Plague in India, 1896, 1897 - Volume 1
Year: 1896
Disease focus: Plague
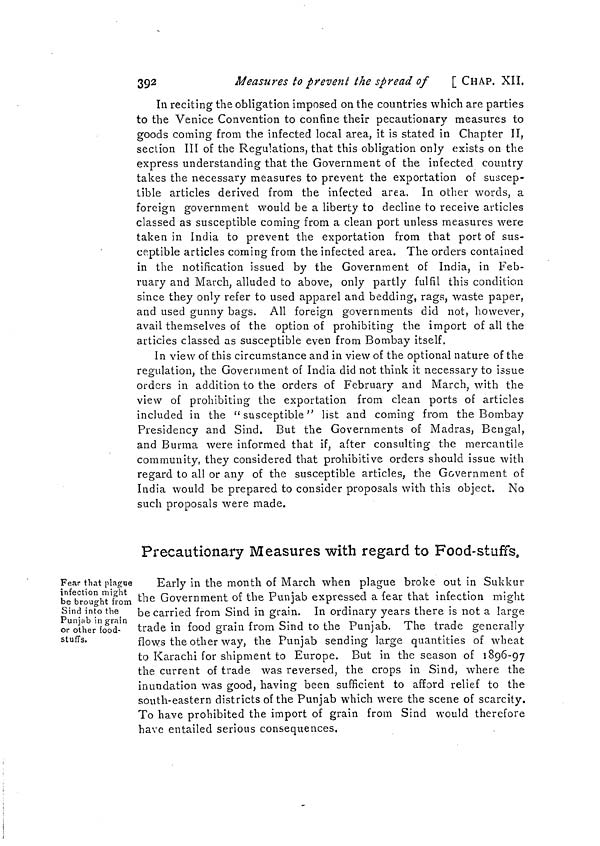
392
Measures to prevent the spread of
[CHAP. XII.
In reciting the obligation imposed on the countries which are parties
to the Venice Convention to confine their pecautionary measures to
goods coming from the infected local area, it is stated in Chapter II,
section III of the Regulations, that this obligation only exists on the
express understanding that the Government of the infected country
takes the necessary measures to prevent the exportation of suscep-
tible articles derived from the infected area, In other words, a
foreign government would be a liberty to decline to receive articles
classed as susceptible coming from a clean port unless measures were
taken in India to prevent the exportation from that port of sus-
ceptible articles coming from the infected area. The orders contained
in the notification issued by the Government of India, in Feb-
ruary and March, alluded to above, only partly fulfil this condition
since they only refer to used apparel and bedding, rags, waste paper,
and used gunny bags. All foreign governments did not, however,
avail themselves of the option of prohibiting the import of all the
articles classed as susceptible even from Bombay itself.
In view of this circumstance and in view of the optional nature of the
regulation, the Government of India did not think it necessary to issue
orders in addition to the orders of February and March, with the
view of prohibiting the exportation from clean ports of articles
included in the "susceptible" list and coming from the Bombay
Presidency and Sind. But the Governments of Madras, Bengal,
and Burma were informed that if, after consulting the mercantile
community, they considered that prohibitive orders should issue with
regard to all or any of the susceptible articles, the Government of
India would be prepared to consider proposals with this object. No
such proposals were made.
Precautionary Measures with regard to Food-stuffs.
Fear that plague
infection might
be brought from
Sind into the
Punjab in grain
or other food-
stuffs.
Early in the month of March when plague broke out in Sukkur
the Government of the Punjab expressed a fear that infection might
be carried from Sind in grain. In ordinary years there is not a large
trade in food grain from Sind to the Punjab. The trade generally
flows the other way, the Punjab sending large quantities of wheat
to Karachi for shipment to Europe. But in the season of 1896-97
the current of trade was reversed, the crops in Sind, where the
inundation was good, having been sufficient to afford relief to the
south-eastern districts of the Punjab which were the scene of scarcity.
To have prohibited the import of grain from Sind would therefore
have entailed serious consequences.